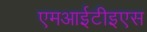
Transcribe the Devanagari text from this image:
एमआईटीइएस